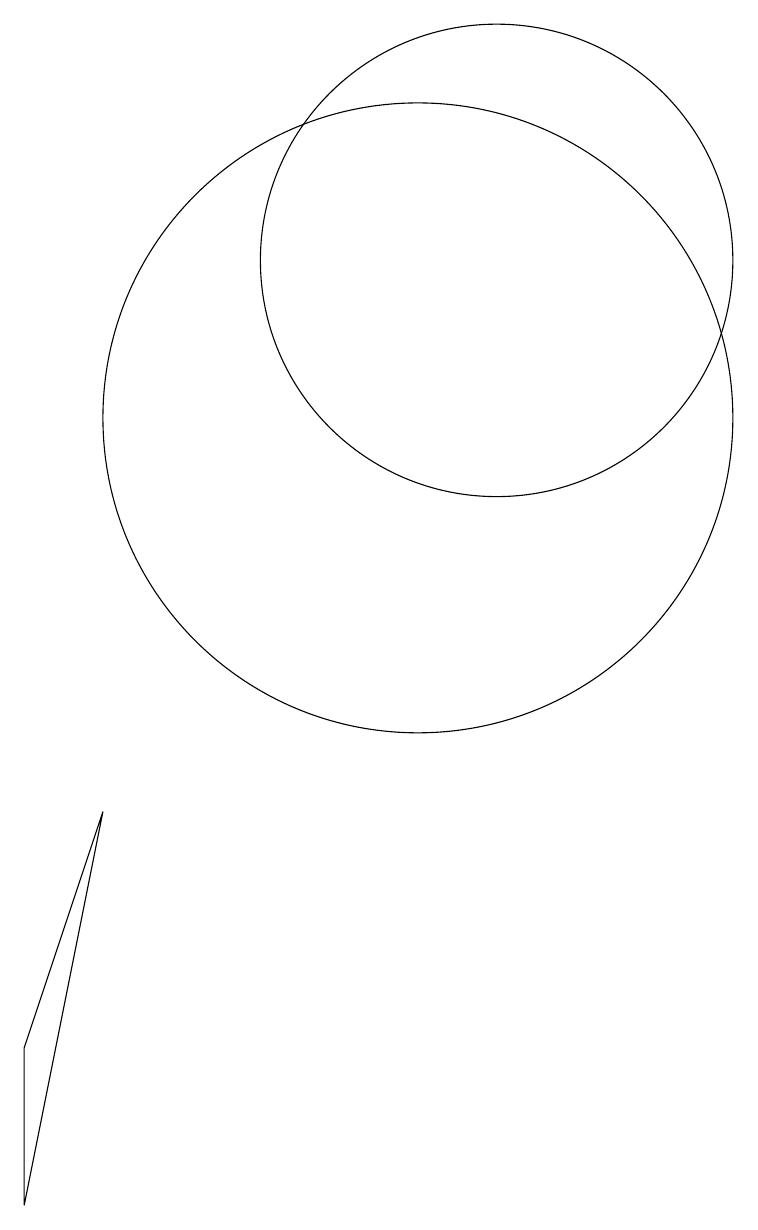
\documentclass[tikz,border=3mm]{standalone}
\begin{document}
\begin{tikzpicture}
\draw (6,0) -- (7,5) -- (6,2) -- cycle;
\draw (11,11) circle (0);
\draw (11,10) circle (4);
\draw (12,12) circle (3);
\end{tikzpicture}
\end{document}